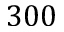
3 0 0